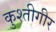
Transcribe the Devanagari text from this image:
कुश्तीगीर